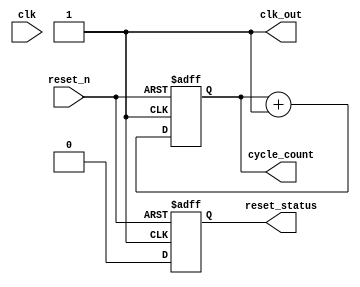
module ClockCycleInitialization #(
    parameter CLOCK_FREQ = 50,          // Clock frequency in MHz
    parameter DUTY_CYCLE = 50,          // Duty cycle in percentage
    parameter INIT_VALUE = 8'h00,       // Initial value for registers
    parameter CYCLE_COUNT_WIDTH = 8     // Width for cycle count
) (
    input wire clk,                     // External clock signal
    input wire reset_n,                 // Active-low reset signal
    output reg clk_out,                 // Generated clock output
    output reg [CYCLE_COUNT_WIDTH-1:0] cycle_count, // Current clock cycle count
    output reg reset_status              // Reset status signal
);

    // Parameters for clock generation
    localparam CLK_PERIOD = (1000 / CLOCK_FREQ); // Clock period in ns
    localparam HIGH_TIME = (DUTY_CYCLE * CLK_PERIOD / 100);  // High time in ns
    localparam LOW_TIME = ((100 - DUTY_CYCLE) * CLK_PERIOD / 100); // Low time in ns

    // Clock generation process
    always begin
        clk_out = 1'b0; // Initial low
        #HIGH_TIME;
        clk_out = 1'b1; // Set high
        #LOW_TIME;
    end

    // Initialization and reset process
    initial begin
        // Initialize registers and state variables
        cycle_count = INIT_VALUE;
        reset_status = 1'b1; // Set reset status high initially
    end

    // Reset and clock cycle counting process
    always @(posedge clk_out or negedge reset_n) begin
        if (!reset_n) begin
            // Reset logic
            cycle_count <= INIT_VALUE; // Reset cycle count
            reset_status <= 1'b1; // Indicate reset state
        end else begin
            // On clock edge, increment the cycle count
            cycle_count <= cycle_count + 1'b1;
            reset_status <= 1'b0; // Clear reset status
        end
    end

endmodule